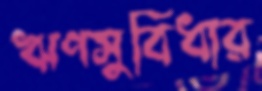
ঋণসুবিধার